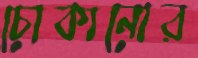
চোকানোর